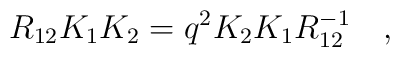
R_{12} K_{1} K_{2} = q^{2} K_{2} K_{1} R_{12}^{-1}\quad,